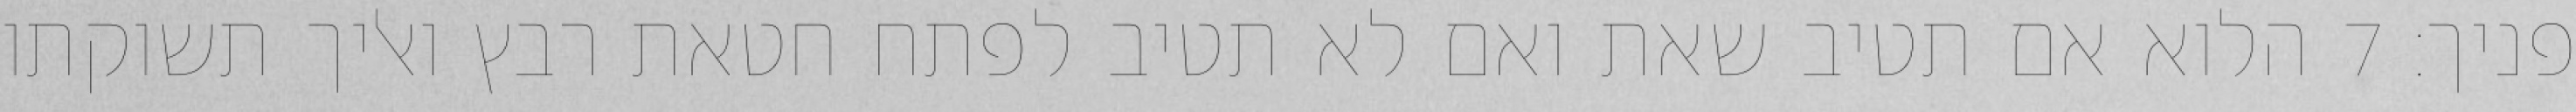
פניך׃ ‎7‏ הלוא אם תטיב שאת ואם לא תטיב לפתח חטאת רבץ ואליך תשוקתו